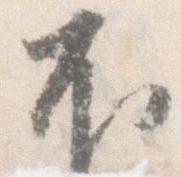
不